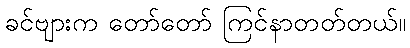
ခင်ဗျားက တော်တော် ကြင်နာတတ်တယ်။